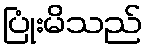
ပြုံးမိသည်